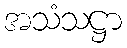
အသံသဋ္ဌာ